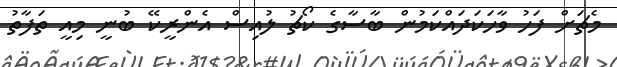
މެޗަށް ފަހު ވާހަކަދައްކަމުން ބާސާގެ ކޯޗު ލުއިސް އެންރީކޭ ބުނީ މިއީ ތަފާތު